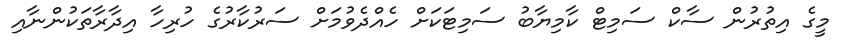
މީގެ އިތުރުން ސާކް ސަމިޓް ކާމިޔާބު ސަމިޓަކަށް ހެއްދެވުމަށް ސަރުކާރުގެ ހުރިހާ އިދާރާތަކުންނާއި